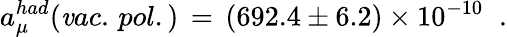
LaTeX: a_{\mu}^{had}(\mathit{v}ac.\, pol.)\, =\, (692.4\pm6.2)\times10^{-10}\; \; .